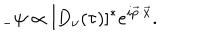
{ } _ { - } \psi \propto [ D _ { \nu } ( \tau ) ] ^ { * } e ^ { i \vec { p } \cdot \vec { x } } .